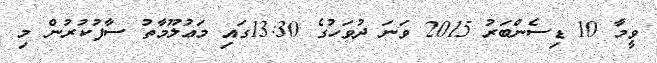
ވީމާ 10 ޑިސެންބަރު 2015 ވަނަ ދުވަހުގެ 13:30ގައި މަޢުލޫމާތު ސާފުކުރުން މި